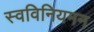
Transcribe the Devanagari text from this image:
स्वविनियमन